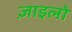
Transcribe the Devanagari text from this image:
ज़ाइलो